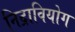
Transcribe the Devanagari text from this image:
निद्रावियोग